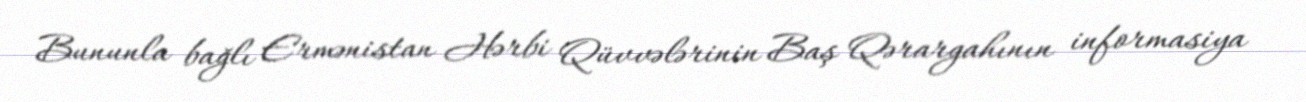
Bununla bağlı Ermənistan Hərbi Qüvvələrinin Baş Qərargahının informasiya